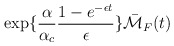
\begin{align*}\exp \{ \frac{\alpha}{\alpha_c} \frac{1-e^{-\epsilon t}}{\epsilon} \}\bar{{\cal M}}_F(t)\end{align*}